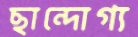
ছান্দোগ্য